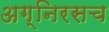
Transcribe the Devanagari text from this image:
अग्निरसच